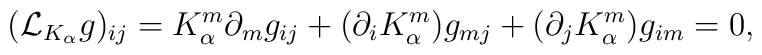
({\mathcal L}_{K_{\alpha}}g)_{ij} = K^{m}_{\alpha}\partial_{m}g_{ij} +(\partial_{i}K^{m}_{\alpha})g_{mj} + (\partial_{j}K^{m}_{\alpha})g_{im}=0,